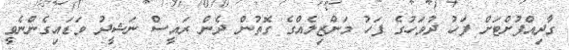
ގާދިއްފުށްޓަށް ފަހު ދުވަހުގެ ފަހު މަންޒިލެއްގެ ގޮތުން ދެން ރައީސް ނަޝީދު ވަޑައިގެންނެވީ